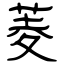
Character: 菱